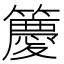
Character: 𮆯